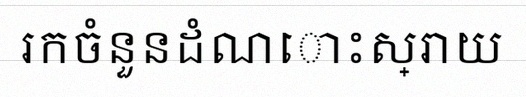
រកចំនួនដំណោះស្រាយ